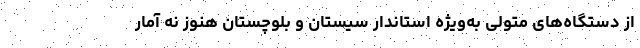
از دستگاه‌های متولی به‌ویژه استاندار سیستان و بلوچستان هنوز نه آمار